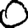
Digit: 0